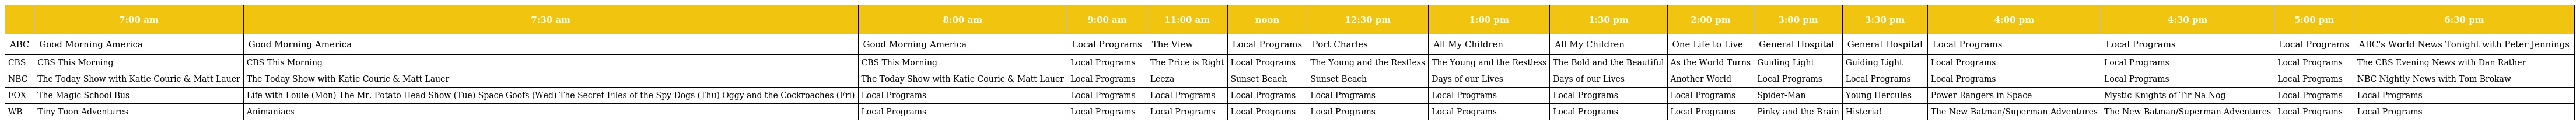
|  | 7:00 am | 7:30 am | 8:00 am | 9:00 am | 11:00 am | noon | 12:30 pm | 1:00 pm | 1:30 pm | 2:00 pm | 3:00 pm | 3:30 pm | 4:00 pm | 4:30 pm | 5:00 pm | 6:30 pm |
 | --- | --- | --- | --- | --- | --- | --- | --- | --- | --- | --- | --- | --- | --- | --- | --- | --- |
 | ABC | Good Morning America | Good Morning America | Good Morning America | Local Programs | The View | Local Programs | Port Charles | All My Children | All My Children | One Life to Live | General Hospital | General Hospital | Local Programs | Local Programs | Local Programs | ABC's World News Tonight with Peter Jennings |
 | CBS | CBS This Morning | CBS This Morning | CBS This Morning | Local Programs | The Price is Right | Local Programs | The Young and the Restless | The Young and the Restless | The Bold and the Beautiful | As the World Turns | Guiding Light | Guiding Light | Local Programs | Local Programs | Local Programs | The CBS Evening News with Dan Rather |
 | NBC | The Today Show with Katie Couric & Matt Lauer | The Today Show with Katie Couric & Matt Lauer | The Today Show with Katie Couric & Matt Lauer | Local Programs | Leeza | Sunset Beach | Sunset Beach | Days of our Lives | Days of our Lives | Another World | Local Programs | Local Programs | Local Programs | Local Programs | Local Programs | NBC Nightly News with Tom Brokaw |
 | FOX | The Magic School Bus | Life with Louie (Mon) The Mr. Potato Head Show (Tue) Space Goofs (Wed) The Secret Files of the Spy Dogs (Thu) Oggy and the Cockroaches (Fri) | Local Programs | Local Programs | Local Programs | Local Programs | Local Programs | Local Programs | Local Programs | Local Programs | Spider-Man | Young Hercules | Power Rangers in Space | Mystic Knights of Tir Na Nog | Local Programs | Local Programs |
 | WB | Tiny Toon Adventures | Animaniacs | Local Programs | Local Programs | Local Programs | Local Programs | Local Programs | Local Programs | Local Programs | Local Programs | Pinky and the Brain | Histeria! | The New Batman/Superman Adventures | The New Batman/Superman Adventures | Local Programs | Local Programs |